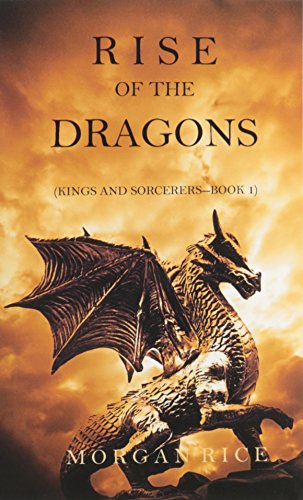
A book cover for Rise of the Dragons (Kings and Sorcerers--Book 1); Morgan Rice; Science Fiction & Fantasy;